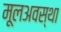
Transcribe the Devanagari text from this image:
मूलअवस्था